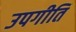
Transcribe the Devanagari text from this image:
उपगीतिं